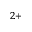
^ { 2 + }